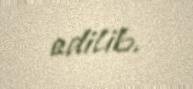
edilib.